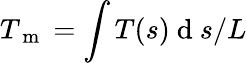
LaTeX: T_{\mathrm{~m~}}=\int T(s)\mathrm{~d~}s/L